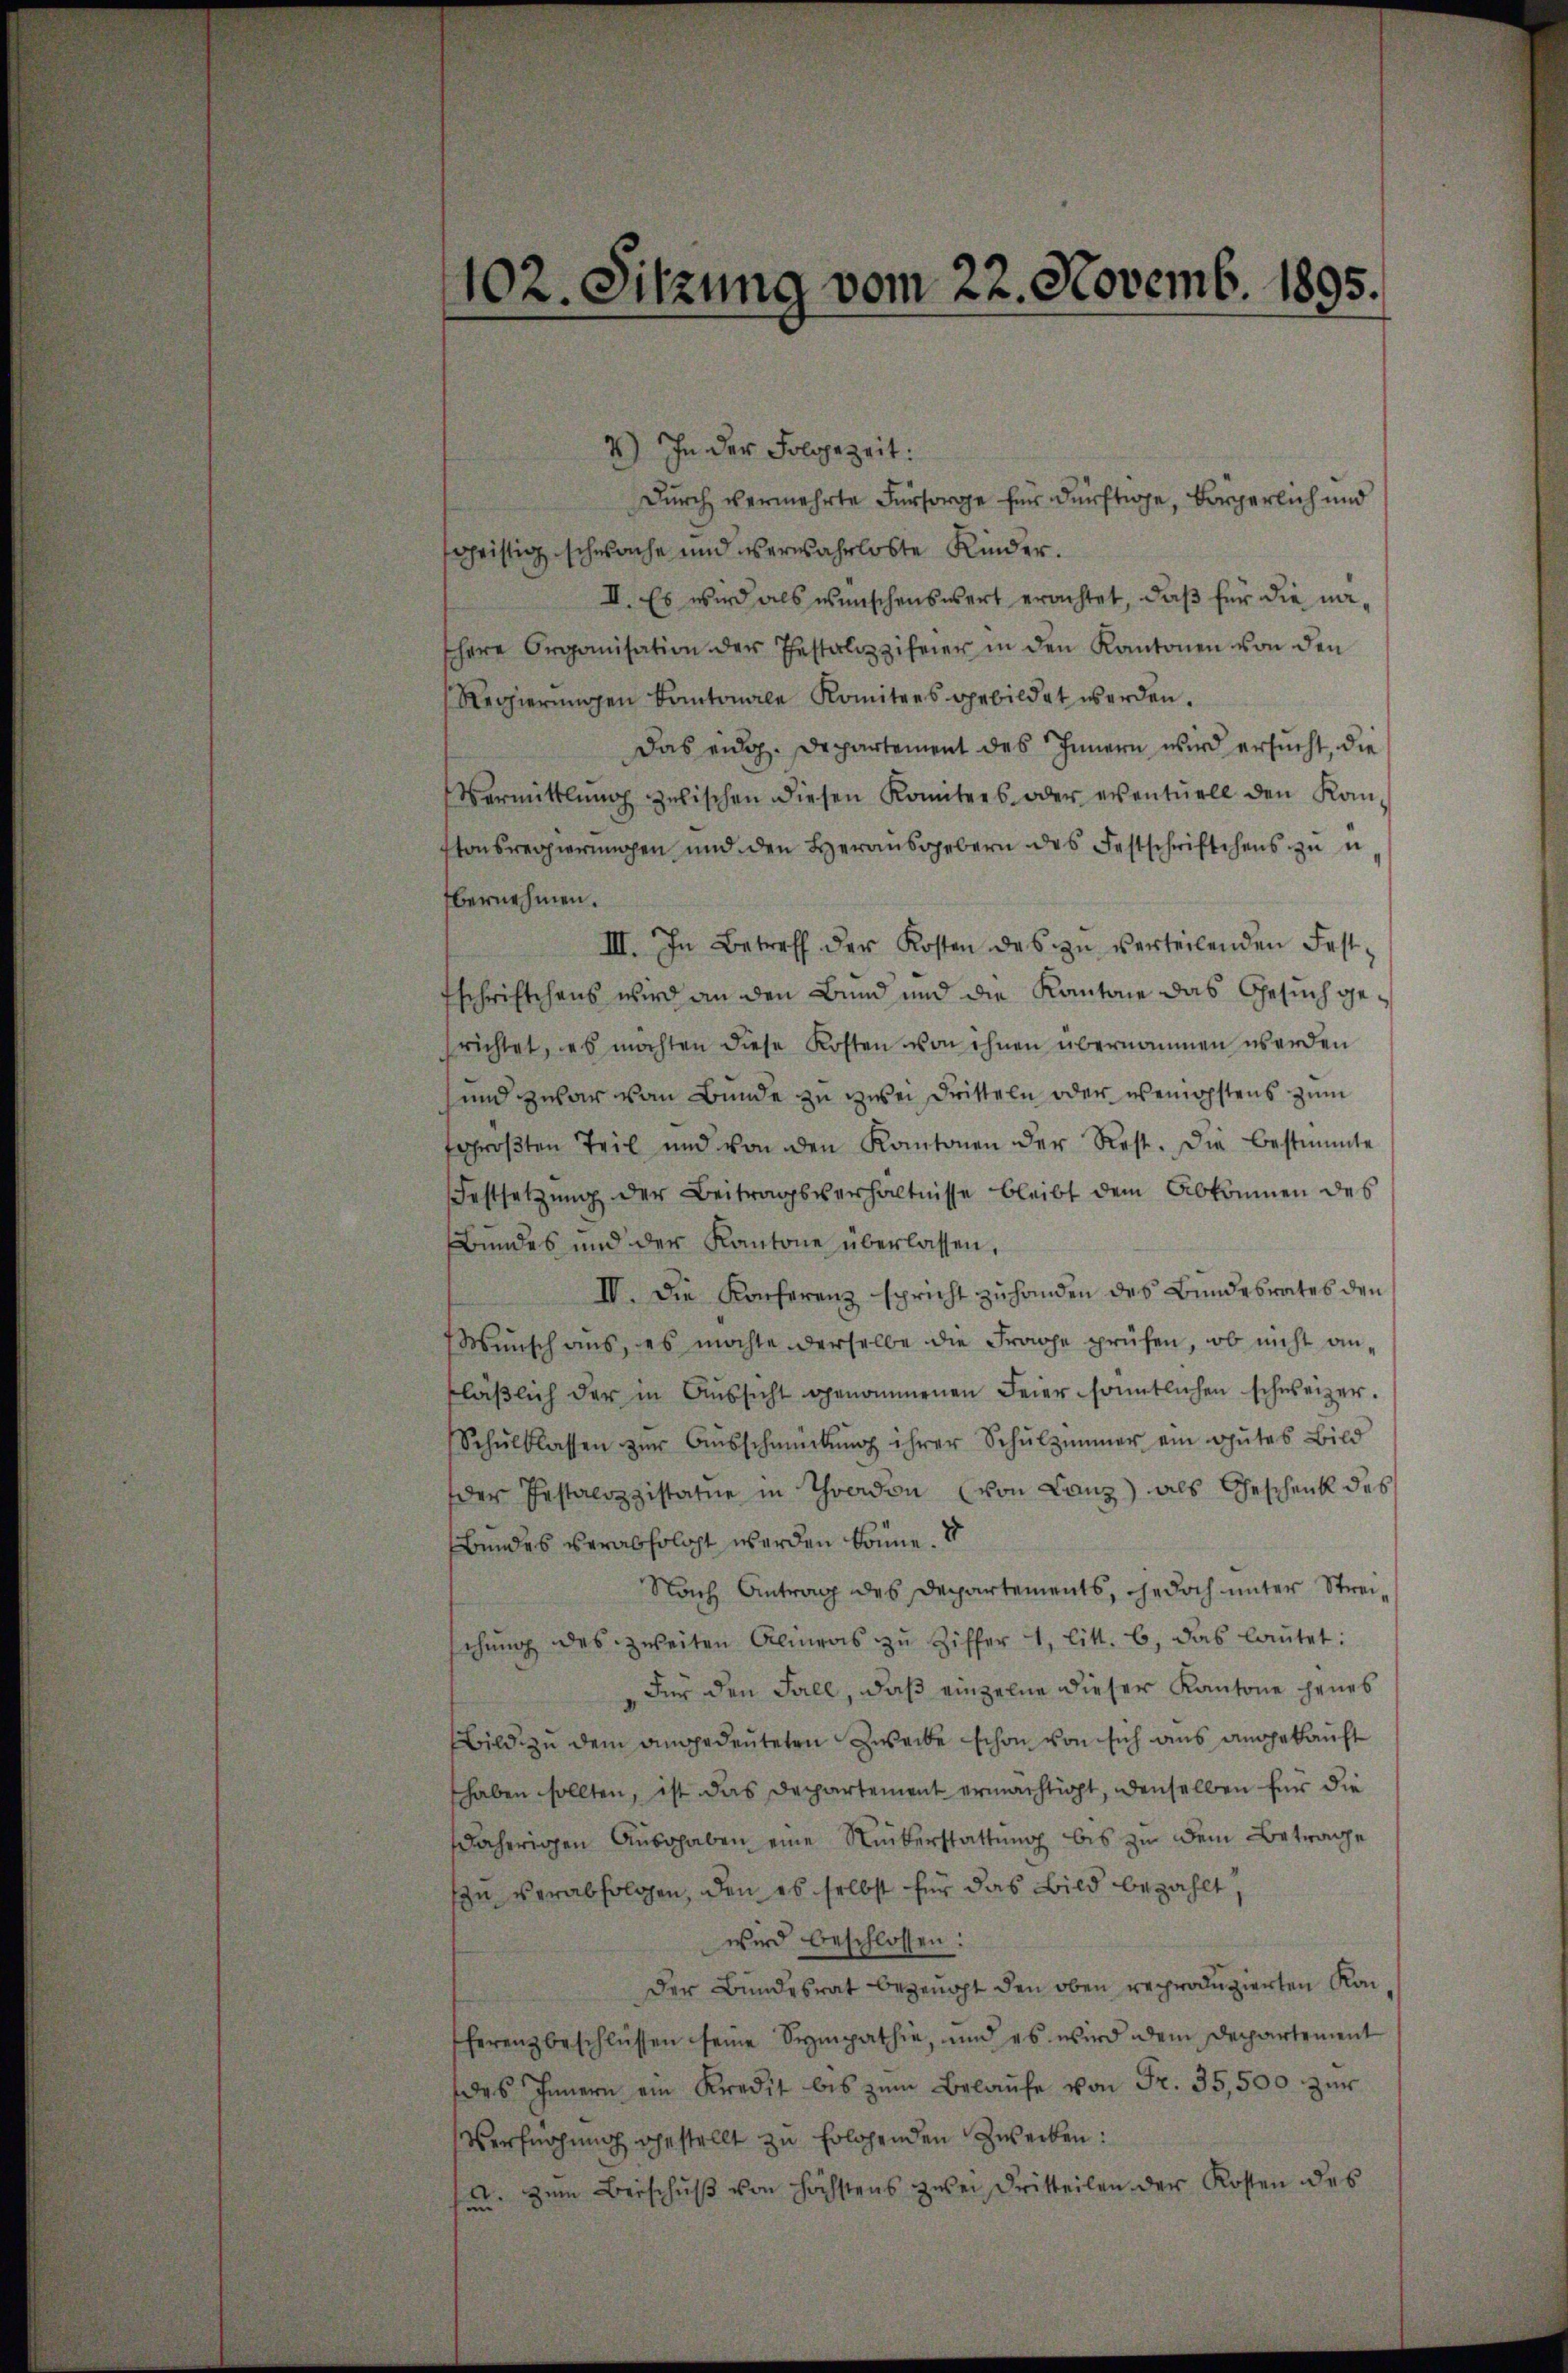
102. Sitzung vom 22. Novemb. 1895.

4) In der Folgezeit:
Durch vermehrte Fürsorge für dürftige, Bürgerlich und
fchristig schwache und verwahrloste Kinder.
II. Es wird als wünschenswert erachtet, daß für die na¬
Ehere Organisation der Testalozzifeier in den Kantonen von den
Regierŭngen kantonale Komitees gebildet werden.
Das eidg. Departement des Innern wird ersucht, die
Vermittlung zwischen diesen Komitees oder eventuell den Kan-
tonsregierungen und den Herausgebern des Festschriftchens zu u
bernehmen.
III. In Betreff der Kosten des zŭ verteilenden Festfschriftchens wird an den Bund und die Kantone das Gesŭch gesrichtet, es möchten diese Kosten von ihnen übernommen werden
und zwar von Bunde zu zwei Dritteln oder wenigstens zum
fgrößten Teil und von den Kantonen der Rest. Die bestimmte
Festsetzŭng der Beitragsverhältnisse bleibt dem Abkommen des
Bundes und der Kantone überlassen,
IV. Die Konferenz spricht zuhanden des Bundesrates den
Wunsch aus, es möchte derselbe die Frage prüfen, ob nicht anläβlich der in Aŭssicht genommenen Feier sonntlichen schweizer.
Schŭlklassen zŭr Aŭsschmückŭng ihrer Schŭlzimmer ein gŭtes Bild
der Testalozzistatue in Thoadon von Lanz) als Geschenk des
Bundes verabfolgt werden könne.
Nach Antrag des Departements, jedoch unter Streischŭng des zweiten Alineas zŭ Ziffer 1, litt. b, das laŭtet:
Für den Fall, daß einzelne dieser Kantone jenes
Bild zu dem angedeuteten Zweite schon von sich aus angekauft
haben sollten, ist das Departement ermächtigt, denselben für die
ährigen Ausgaben eine Rükerstattung bis zu dem Betrage
sin verabfolgen, den es selbst für das Bild bezahlt,
wird beschlossen:
Der Bundesrat bezeugt den oben reproduzierten Kon
ferenzbeschlüssen seine Sympathie, und es wird dem Departement
des Innern ein Kredit bis zŭm Belaŭfe von Fr. 35,500 zur
Vernehmig gestellt zu Erlehenden Zwecken:
a. zum Beischuß von höchstens zwei Dritteilen der Kosten des